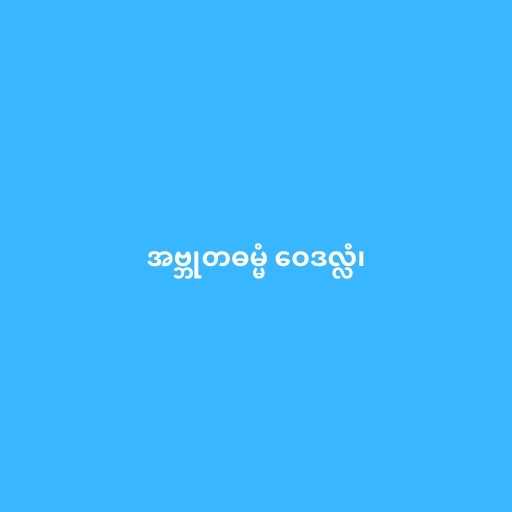
အဗ္ဘုတဓမ္မံ ဝေဒလ္လံ၊